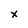
Character: x